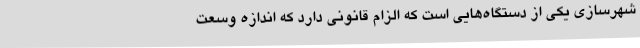
شهرسازی یکی از دستگاه‌هایی است که الزام قانونی دارد که اندازه وسعت